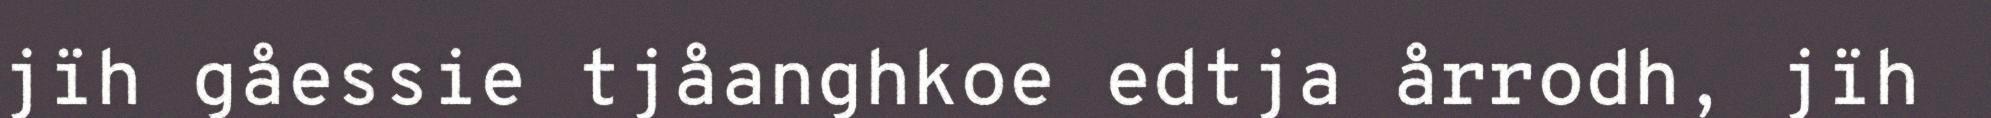
jïh gåessie tjåanghkoe edtja årrodh, jïh